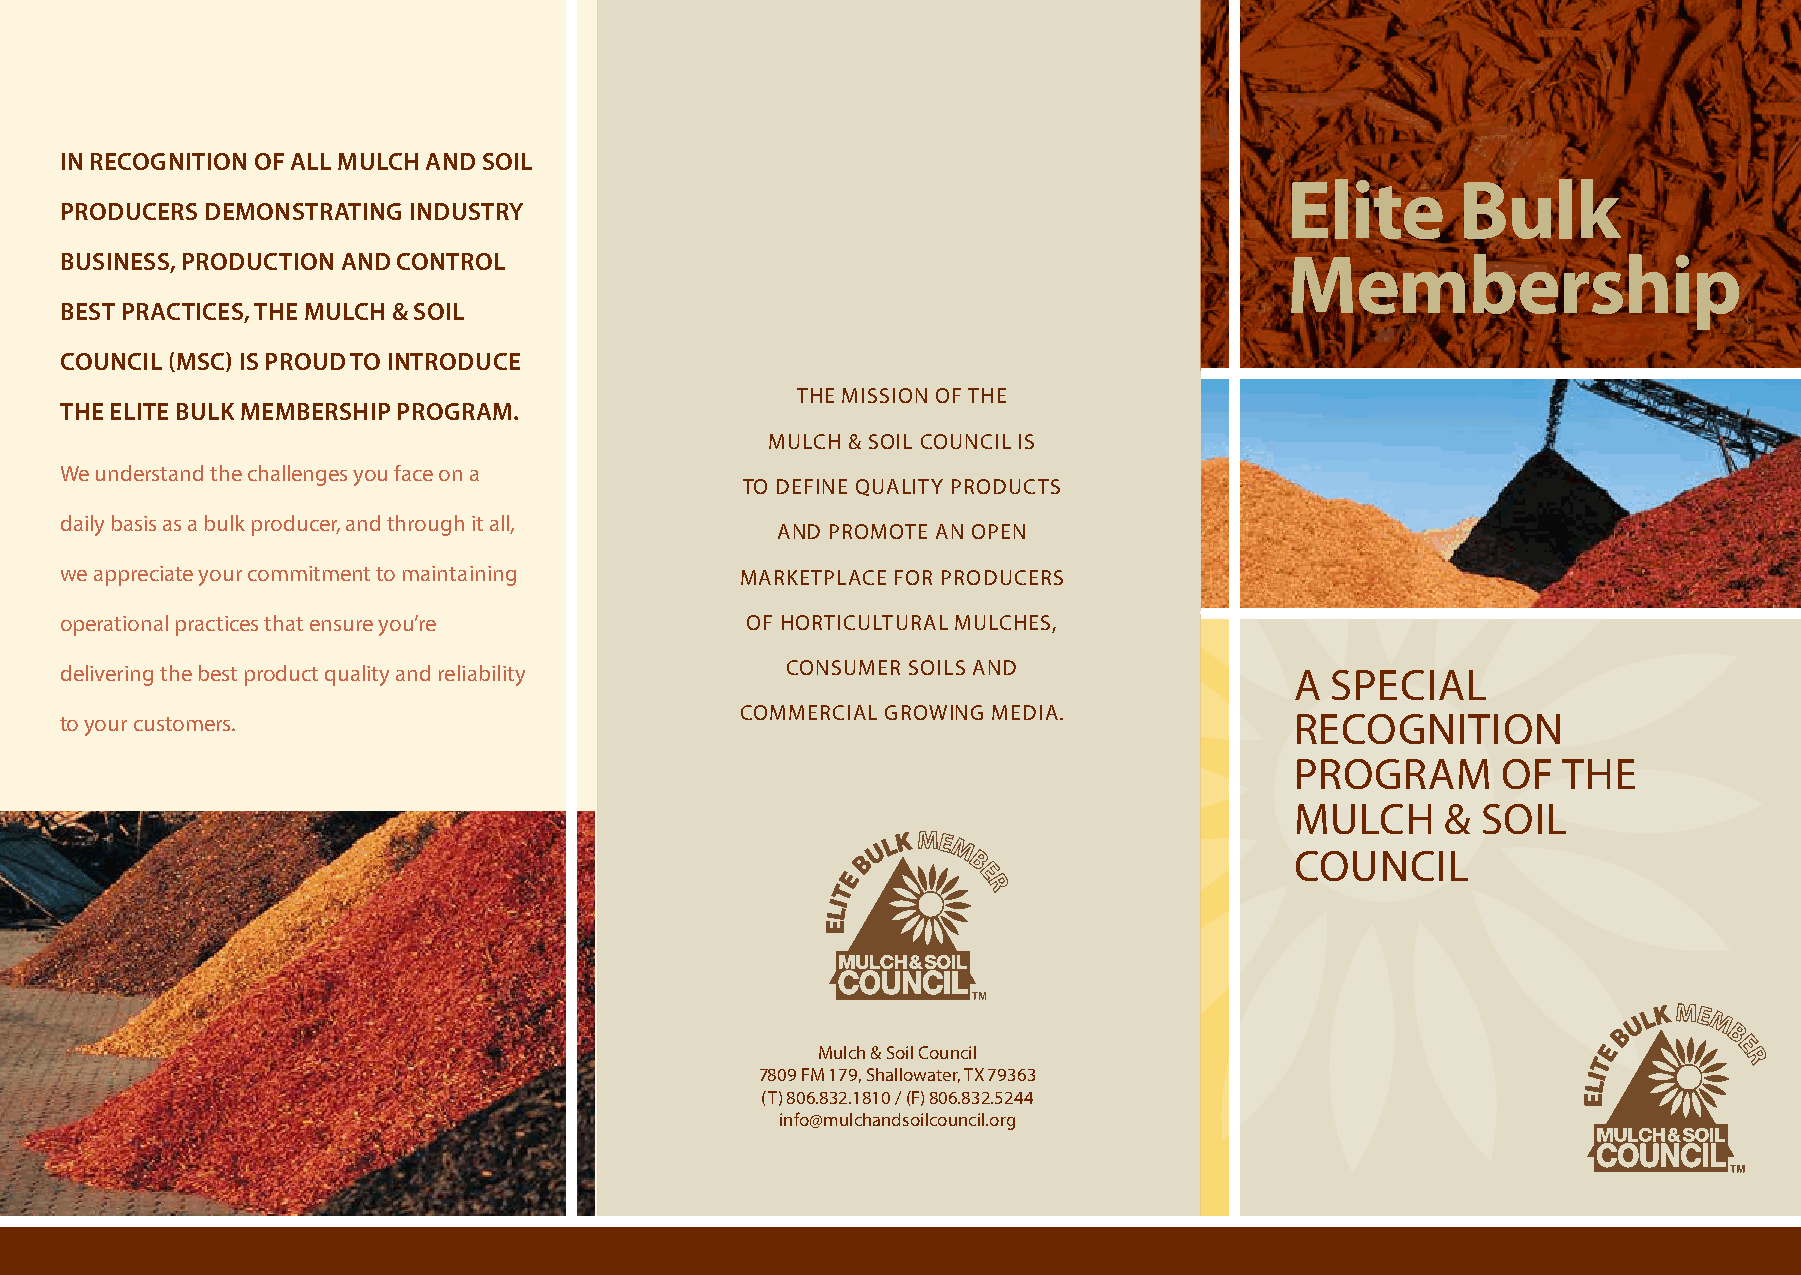
In recognItIon of all mulch and soIl
 Elite       Bulk
 producers demonstratIng Industry
 busIness, productIon and control                                                 Membership
 best practIces, the mulch & soIl
 councIl (msc) Is proud to Introduce
 the mission of the
 the elIte bulk membershIp program.
 mulch & soil council is
 We understand the challenges you face on a
 to define quAlity products
 daily basis as a bulk producer, and through it all,
 And promote An open
 we appreciate your commitment to maintaining mArketplAce for producers
 operational practices that ensure you’re     of horticulturAl mulches,
 delivering the best product quality and reliability consumer soils And            A speciAl
 commerciAl groWing mediA.
 to your customers.                                                                recognition
 progrAm      of  the
 mulch     & soil
 council
 mulch & soil council
 7809 fm 179, shallowater, tX 79363
 (t) 806.832.1810 / (f) 806.832.5244
 info@mulchandsoilcouncil.org